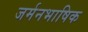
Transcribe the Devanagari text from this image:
जर्मनभाषिक